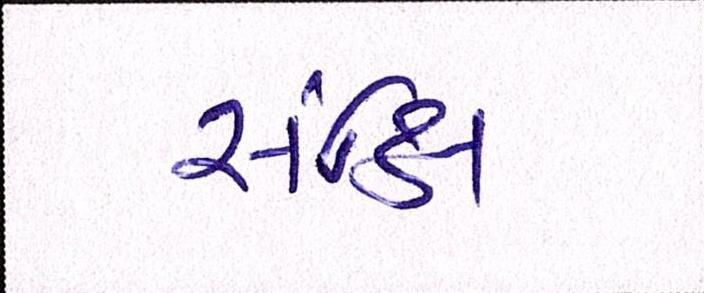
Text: સંક્ષિ